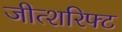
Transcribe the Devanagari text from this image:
जीत्शरिफ्ट